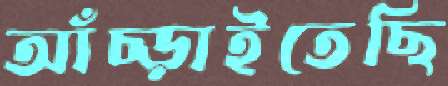
আঁচ্‌ড়াইতেছি